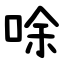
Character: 唋